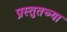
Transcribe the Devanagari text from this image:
प्रस्तुतच्या